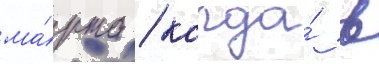
ма́рта / когда́ в